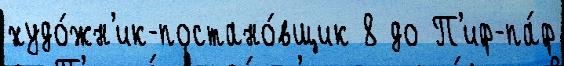
худо́жн'ик-постано́вщик 8 до П'иф-па́ф